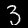
Label: 3